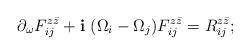
LaTeX: \begin{align*}\partial_{\omega}F^{z\bar{z}}_{ij}+\mathbf{i}\ (\Omega_i-\Omega_j)F^{z\bar{z}}_{ij}=R^{z\bar{z}}_{ij};\end{align*}